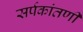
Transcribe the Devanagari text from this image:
सर्पकांतणी